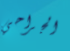
الجراحي